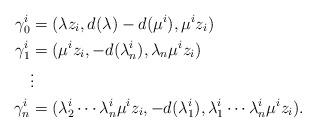
LaTeX: \begin{align*}\gamma_0^i &= (\lambda z_i, d(\lambda) - d(\mu^i), \mu^i z_i) \\\gamma_1^i &= (\mu^i z_i, -d(\lambda^i_n), \lambda_n \mu^i z_i) \\& \vdots \\\gamma_n^i &= (\lambda^i_2 \cdots \lambda^i_n \mu^i z_i, -d(\lambda^i_1), \lambda_1^i \cdots \lambda_n^i \mu^i z_i).\end{align*}